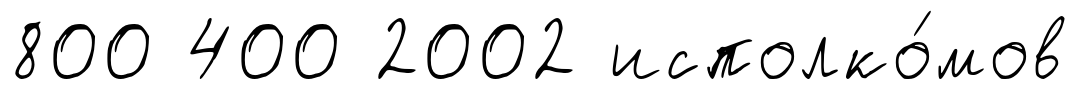
800 400 2002 исполко́мов